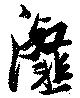
瀣